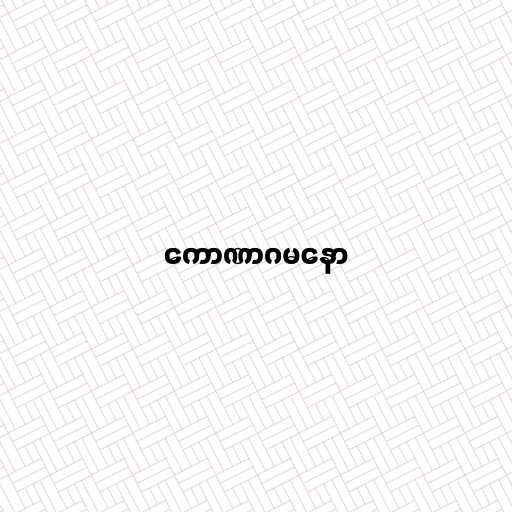
ကောဏာဂမနော